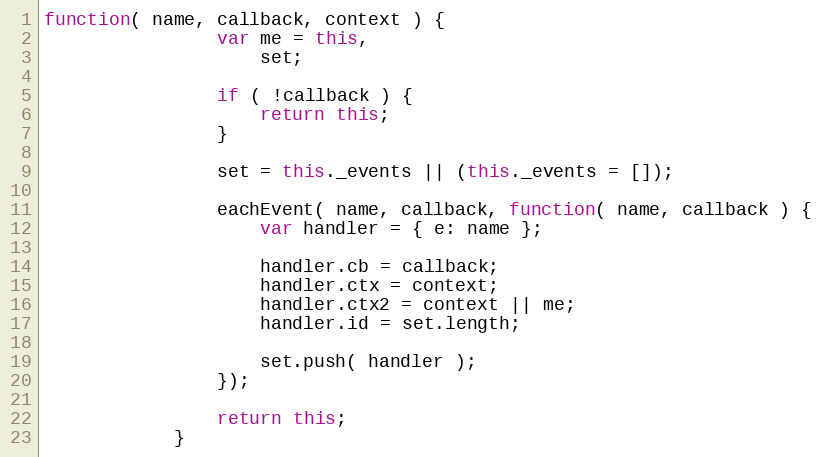
Language: JavaScript
function( name, callback, context ) {
                var me = this,
                    set;

                if ( !callback ) {
                    return this;
                }

                set = this._events || (this._events = []);

                eachEvent( name, callback, function( name, callback ) {
                    var handler = { e: name };

                    handler.cb = callback;
                    handler.ctx = context;
                    handler.ctx2 = context || me;
                    handler.id = set.length;

                    set.push( handler );
                });

                return this;
            }